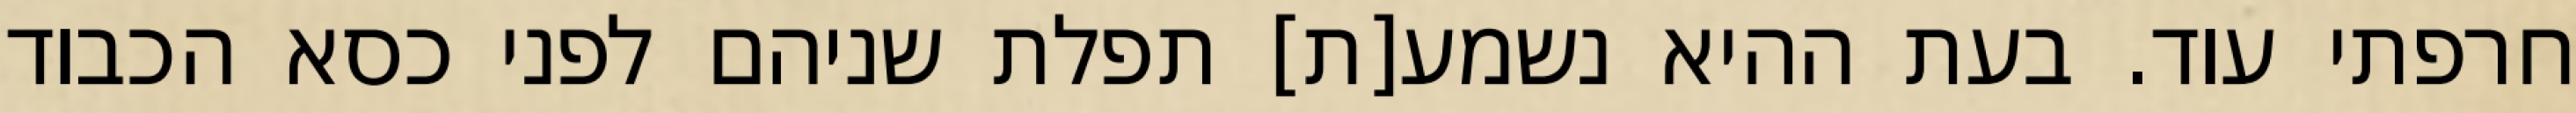
חרפתי עוד. בעת ההיא נשמע[ת] תפלת שניהם לפני כסא הכבוד